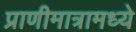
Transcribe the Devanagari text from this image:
प्राणीमात्रामध्ये